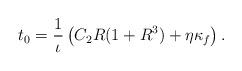
LaTeX: \begin{align*}t_0=\frac{1}{\iota}\left( C_2R(1+R^3)+\eta\kappa_f \right).\end{align*}